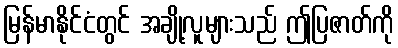
မြန်မာနိုင်ငံတွင် အချို့လူများသည် ဤပြဇာတ်ကို